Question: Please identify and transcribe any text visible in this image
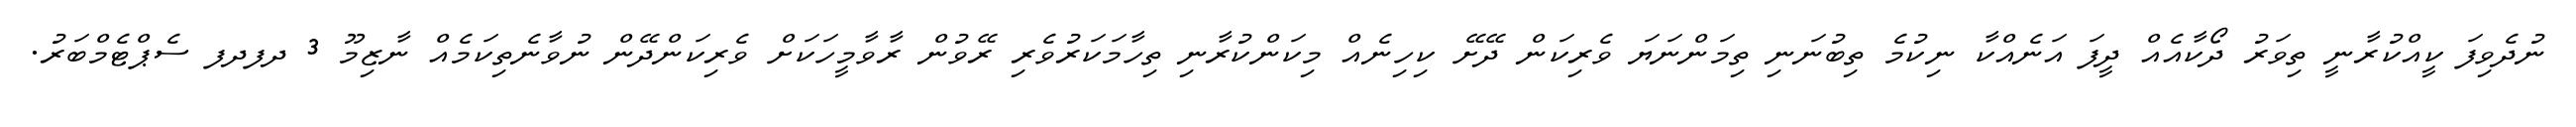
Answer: ނުދެވިފަ ކީއްކުރާނީ ތިވަރު ދޯކާއެއް ދީފަ އަނެއްކާ ނިކުމެ ތިބުނަނި ތިމަންނަޔަ ވެރިކަން ދޭށޭ ކިހިނެއް މިކަންކުރާނި ތިހާމަކަރުވެރި ރޭވުން ރާވާމީހަކަށް ވެރިކަންދޭން ނުވާނެތިކަމެއް ނާޒިމޫ 3 ދފދފ ސެޕްޓެމްބަރު.